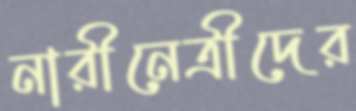
নারীনেত্রীদের